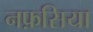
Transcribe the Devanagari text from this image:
नफ़सिया